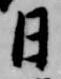
日